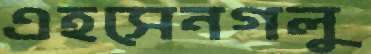
এহসেনগলু